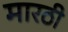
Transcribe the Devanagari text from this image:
मारठी